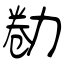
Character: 勌